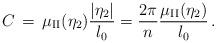
LaTeX: \begin{align*}C \, = \, \mu _{\rm II}(\eta _2)\frac{\vert \eta _2\vert}{l_0}= \frac{2\pi}{n} \frac{\mu _{\rm II}(\eta _2)}{l_0} \, .\end{align*}